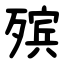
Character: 殡